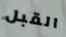
القبل